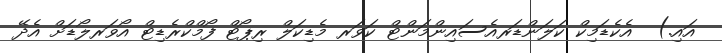
އައި.)  އެކެޑަމިކް ކަލަންޑަރއެސައިންމަންޓް ކަވަރ މެޑިކަލް ރިޕޯޓް ފޯމްކްރެޑިޓް އޯވަރލޯޑަށް އެދޭ